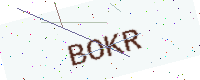
Text: BOKR